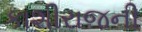
કાશીરાજની